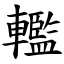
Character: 轞